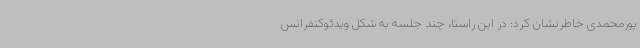
پورمحمدی خاطرنشان کرد: در این راستا، چند جلسه به شکل ویدئوکنفرانس